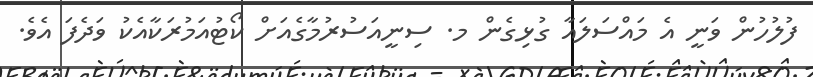
ފުލުހުން ވަނީ އެ މައްސަލައާ ގުޅިގެން މ. ސިނީއަސުރުމާގެއަށް ކޯޓުއަމުރަކާއެކު ވަދެފަ އެވެ.